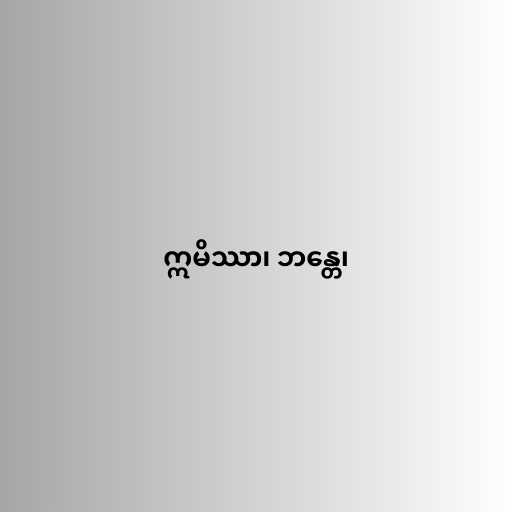
ဣမိဿာ၊ ဘန္တေ၊